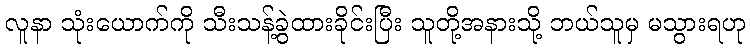
လူနာ သုံးယောက်ကို သီးသန့်ခွဲထားခိုင်းပြီး သူတို့အနားသို့ ဘယ်သူမှ မသွားရဟု